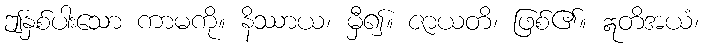
ဤနှစ်ပါးသော ကာမကို။ နိဿာယ၊ မှီ၍။ ဇာယတိ၊ ဖြစ်၏။ ဣတိအယံ၊